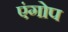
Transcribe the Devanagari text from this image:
एंगोप